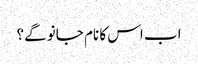
اب اس کا نام جانو گے؟